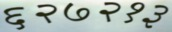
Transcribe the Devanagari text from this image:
६२७२१३